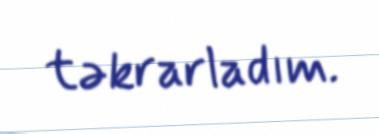
təkrarladım.